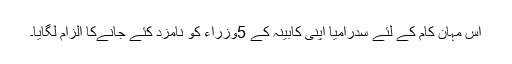
اس مہان کام کے لئے سدرامیا اپنی کابینہ کے 5وزراء کو نامزد کئے جانےکا الزام لگایا۔